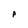
Character: p